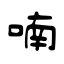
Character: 喃